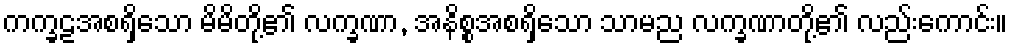
ကက္ခဠအစရှိသော မိမိတို့၏ လက္ခဏာ, အနိစ္စအစရှိသော သာမည လက္ခဏာတို့၏ လည်းကောင်း။